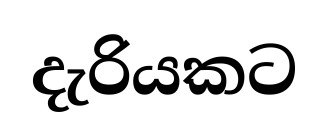
දැරියකට